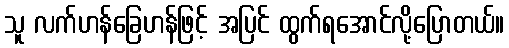
သူ လက်ဟန်ခြေဟန်ဖြင့် အပြင် ထွက်ရအောင်လို့ပြောတယ်။